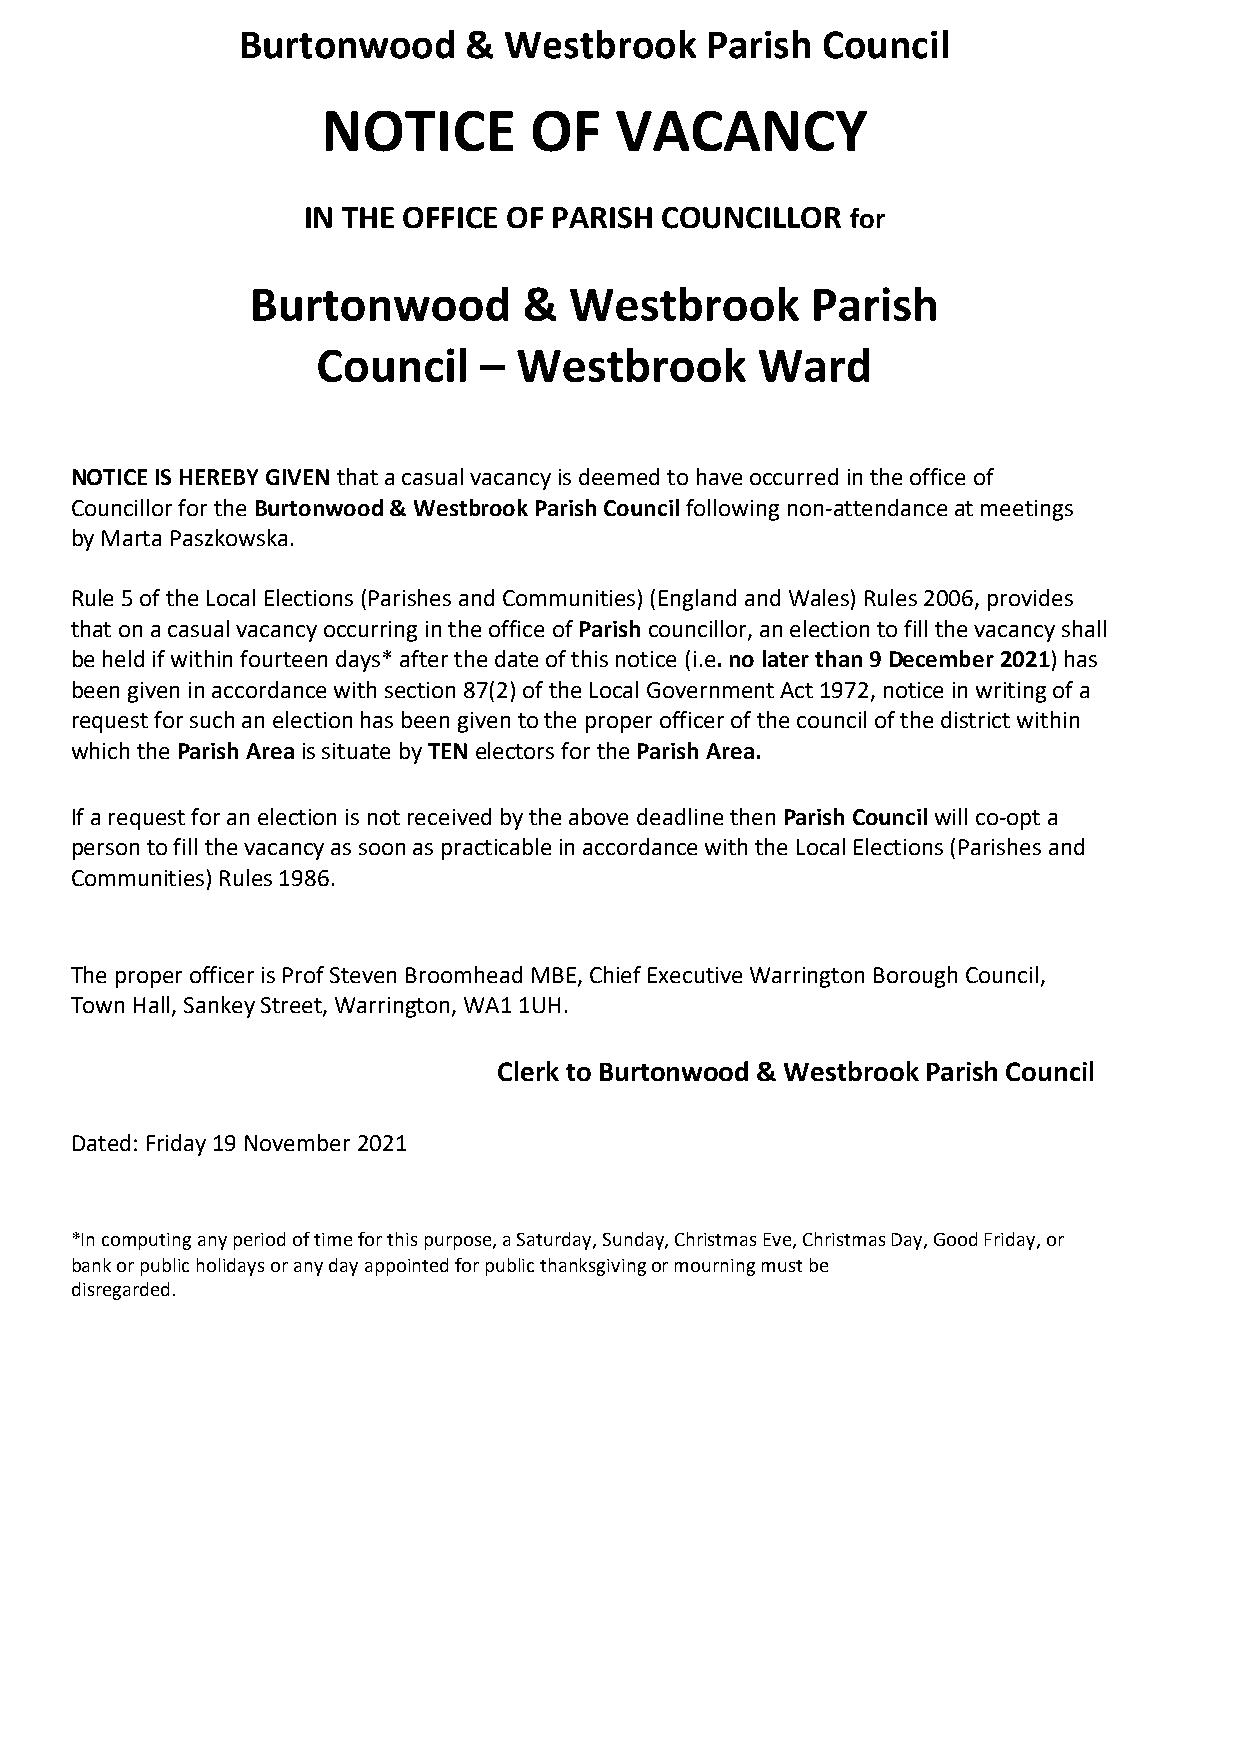
Burtonwood     & Westbrook     Parish Council
 NOTICE        OF    VACANCY
 IN THE OFFICE OF PARISH COUNCILLOR  for
 Burtonwood        &  Westbrook       Parish
 Council    – Westbrook       Ward
 NOTICE IS HEREBY GIVEN that a casual vacancy is deemed to have occurred in the office of
 Councillor for the Burtonwood & Westbrook Parish Council following non-attendance at meetings
 by Marta Paszkowska.
 Rule 5 of the Local Elections (Parishes and Communities) (England and Wales) Rules 2006, provides
 that on a casual vacancy occurring in the office of Parish councillor, an election to fill the vacancy shall
 be held if within fourteen days* after the date of this notice (i.e. no later than 9 December 2021) has
 been given in accordance with section 87(2) of the Local Government Act 1972, notice in writing of a
 request for such an election has been given to the proper officer of the council of the district within
 which the Parish Area is situate by TEN electors for the Parish Area.
 If a request for an election is not received by the above deadline then Parish Council will co-opt a
 person to fill the vacancy as soon as practicable in accordance with the Local Elections (Parishes and
 Communities) Rules 1986.
 The proper officer is Prof Steven Broomhead MBE, Chief Executive Warrington Borough Council,
 Town Hall, Sankey Street, Warrington, WA1 1UH.
 Clerk to Burtonwood & Westbrook Parish Council
 Dated: Friday 19 November 2021
 *In computing any period of time for this purpose, a Saturday, Sunday, Christmas Eve, Christmas Day, Good Friday, or
 bank or public holidays or any day appointed for public thanksgiving or mourning must be
 disregarded.